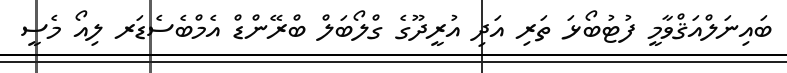
ބައިނަލްއަޤްވާމީ ފުޓުބޯޅަ ތަރި އަދި އުރީދޫގެ ގްލޯބަލް ބްރޭންޑް އެމްބެސެޑަރ ލިއޯ މެސީ